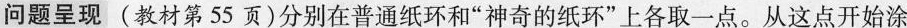
问题呈现（教材第55页）分别在普通纸环和“神奇的纸环”上各取一点。从这点开始涂